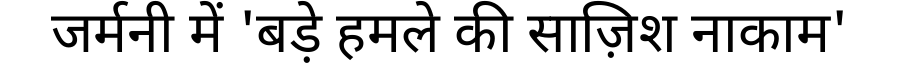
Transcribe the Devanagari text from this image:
जर्मनी में 'बड़े हमले की साज़िश नाकाम'